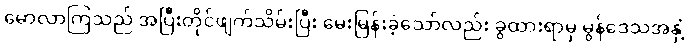
မောလာကြသည် အပြီးတိုင်ဖျက်သိမ်းပြီး မေးမြန်းခဲ့သော်လည်း ခွထားရာမှ မွန်ဒေသအနှံ့